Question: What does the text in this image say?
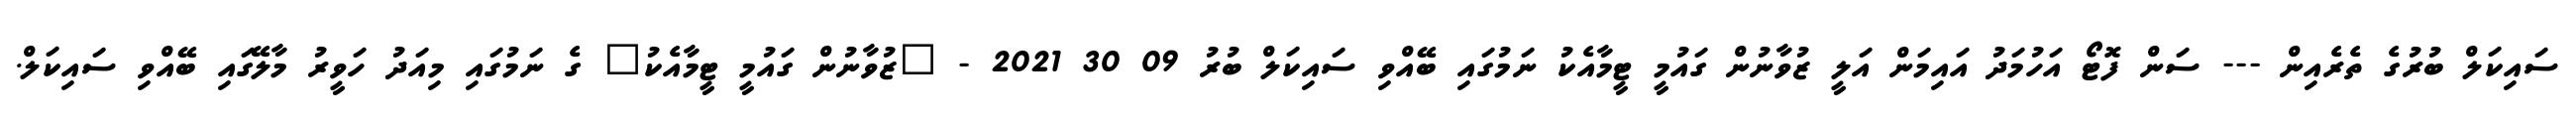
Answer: ސައިކަލް ބުރުގެ ތެރެއިން --- ސަން ފޮޓޯ އަހުމަދު އައިމަން އަލީ ޒުވާނުން ގައުމީ ޓީމާއެކު ނަމުގައި ބޭއްވި ސައިކަލް ބުރު 09 30 2021 - "ޒުވާނުން ގައުމީ ޓީމާއެކު" ގެ ނަމުގައި މިއަދު ހަވީރު މާލޭގައި ބޭއްވި ސައިކަލް.